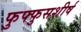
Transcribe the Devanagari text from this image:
फुफ्फुसशीर्ष